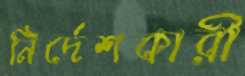
নির্দেশকারী